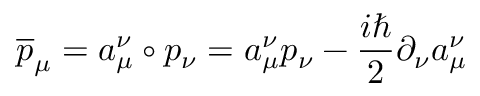
\overline { { { p } } } _ { \mu } = a _ { \mu } ^ { \nu } \circ p _ { \nu } = a _ { \mu } ^ { \nu } p _ { \nu } - \frac { i \hbar } { 2 } \partial _ { \nu } a _ { \mu } ^ { \nu }